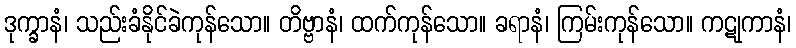
ဒုက္ခာနံ၊ သည်းခံနိုင်ခဲကုန်သော။ တိဗ္ဗာနံ၊ ထက်ကုန်သော။ ခရာနံ၊ ကြမ်းကုန်သော။ ကဋုကာနံ၊